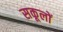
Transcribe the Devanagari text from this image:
सकूलों